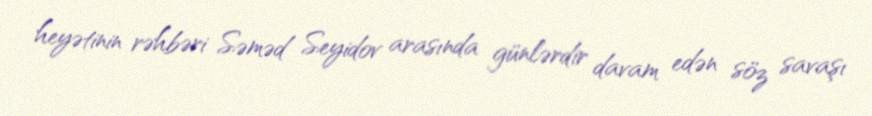
heyətinin rəhbəri Səməd Seyidov arasında günlərdir davam edən söz savaşı